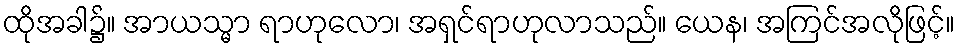
ထိုအခါ၌။ အာယသ္မာ ရာဟုလော၊ အရှင်ရာဟုလာသည်။ ယေန၊ အကြင်အလိုဖြင့်။